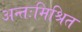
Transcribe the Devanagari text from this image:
अन्तःमिश्रित